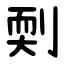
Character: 㓴